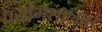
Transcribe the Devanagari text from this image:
पर्योगशालाएं